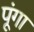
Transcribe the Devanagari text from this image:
पूंगा